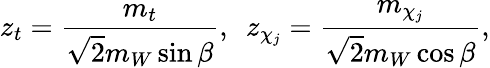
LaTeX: z_{t}=\frac{m_{t}}{\sqrt{2}m_{W}\sin\beta},~~z_{\chi_{j}}=\frac{m_{\chi_{j}}}{\sqrt{2}m_{W}\cos\beta},